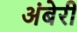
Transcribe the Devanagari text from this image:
अंबेरी